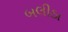
બલીઠા